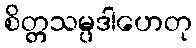
စိတ္တသမ္ပဒါဟေတု